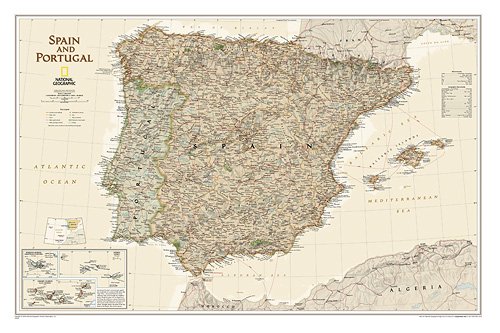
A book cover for Spain and Portugal Executive [Laminated] (National Geographic Reference Map); National Geographic Maps - Reference; Travel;